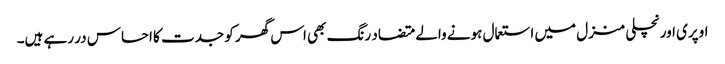
اوپری اور نچلی منزل میں استعمال ہونے والے متضاد رنگ بھی اس گھر کو جدت کا احساس در رہے ہیں۔